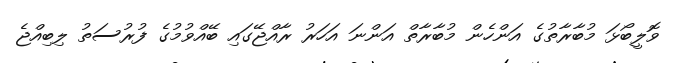
ވޮލީބޯޅަ މުބާރާތުގެ އަންހެން މުބާރާތް އަންނަ އަހަރު ރާއްޖޭގައި ބޭއްވުމުގެ ފުރުސަތު ލިބިއްޖެ